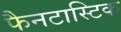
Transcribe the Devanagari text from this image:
फैनटास्टिक